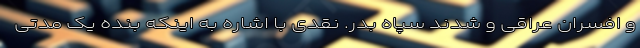
و افسران عراقی و شدند سپاه بدر. نقدی با اشاره به اینکه بنده یک مدتی